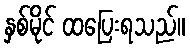
နှစ်မိုင် ထပြေးရသည်။